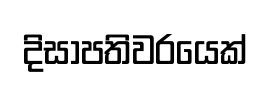
දිසාපතිවරයෙක්